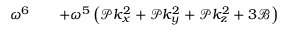
\begin{array} { r l r } { \omega ^ { 6 } } & { { } } & { + \omega ^ { 5 } \left( \mathcal { P } k _ { x } ^ { 2 } + \mathcal { P } k _ { y } ^ { 2 } + \mathcal { P } k _ { z } ^ { 2 } + 3 \mathcal { B } \right) } \end{array}